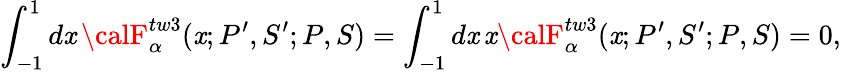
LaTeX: \int_{-1}^{1}d\mathit{x}\, {\calF}_{\alpha}^{tw3}(\mathit{x};P^{\prime},S^{\prime};P,S)=\int_{-1}^{1}d\mathit{x}\, \mathit{x}{\calF}_{\alpha}^{tw3}(\mathit{x};P^{\prime},S^{\prime};P,S)=0,